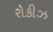
રોકીઝ